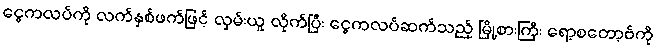
ငွေကလပ်ကို လက်နှစ်ဖက်ဖြင့် လှမ်းယူ လိုက်ပြီး ငွေကလပ်ဆက်သည့် မြို့စားကြီး ရော့စတော့ဗ်ကို